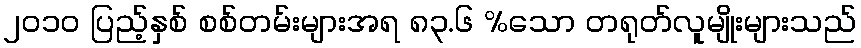
၂၀၁၀ ပြည့်နှစ် စစ်တမ်းများအရ ၈၃.၆ %သော တရုတ်လူမျိုးများသည်